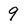
Character: 9